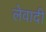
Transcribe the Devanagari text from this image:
लेवादी